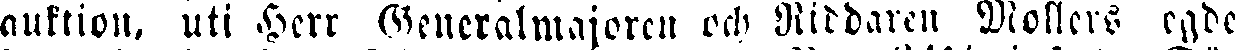
auktion, uti Herr Generalmajoren och Riddaren Mollers egde